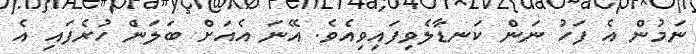
ނަމުން އެ ފަހު ނަން ކަނޑާލެވިފައިވިއެވެ. އޭނަ އެއަށް ބަލަން ހުރެފައި އެ